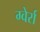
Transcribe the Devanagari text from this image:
ग्वेर्रा